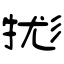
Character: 牻